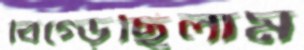
বিগ্‌ড়েছিলাম